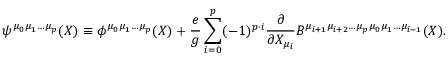
\psi ^ { \mu _ { 0 } \mu _ { 1 } \ldots \mu _ { p } } ( X ) \equiv \phi ^ { \mu _ { 0 } \mu _ { 1 } \ldots \mu _ { p } } ( X ) + \frac { e } { g } \sum _ { i = 0 } ^ { p } ( - 1 ) ^ { p \cdot i } \frac { \partial } { \partial X _ { \mu _ { i } } } B ^ { \mu _ { i + 1 } \mu _ { i + 2 } \ldots \mu _ { p } \mu _ { 0 } \mu _ { 1 } \ldots \mu _ { i - 1 } } ( X ) .